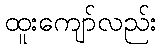
ထူးကျော်လည်း